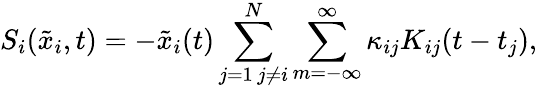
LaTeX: S_{i}(\tilde{x}_{i},t)=-\tilde{x}_{i}(t)\sum_{\substack{j=1\, j\neq i}}^{N}\sum_{m=-\infty}^{\infty}\kappa_{ij}K_{ij}(t-t_{j}),